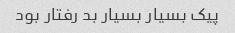
پیک بسیار بسیار بد رفتار بود